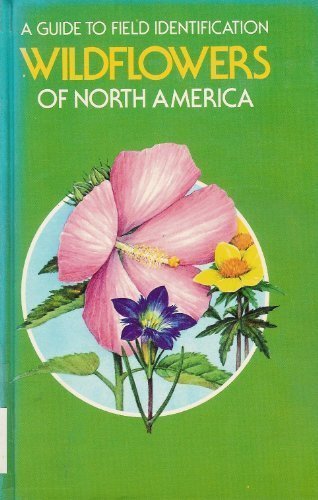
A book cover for Wildflowers of North America: A Guide to Field Identification; Frank D. Venning; Sports & Outdoors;